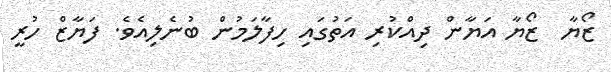
ޒޯޔާ  ޒޯޔާ އަޔާން ދިއްކުރި އަތުގައި ހިފާލަމުން ބުނެލިއެވެ. ފަޔާޒް ހުރީ